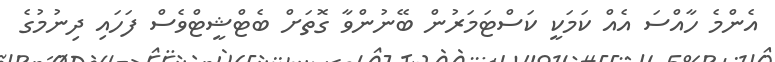
އެންމެ ހާއްސަ އެއް ކަމަކީ ކަސްޓަމަރުން ބޭނުންވާ ގޮތަށް ބެޓްޝީޓްވެސް ފަހައި ދިނުމުގެ